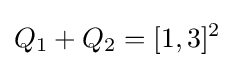
Q_{1}+Q_{2}=[1,3]^{2}